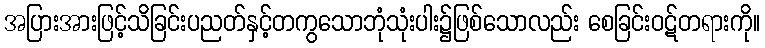
အပြားအားဖြင့်သိခြင်းပညတ်နှင့်တကွသောဘုံသုံးပါး၌ဖြစ်သောလည်း စေခြင်းဝဋ်တရားကို။